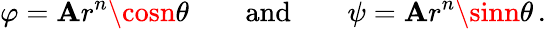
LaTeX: \varphi=\mathbf{A}r^{n}\cosn\theta\qquad{\mathrm{{and}}}\qquad\psi=\mathbf{A}r^{n}\sinn\theta\, .